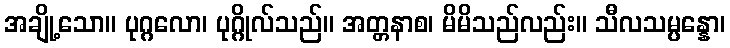
အချို့သော။ ပုဂ္ဂလော၊ ပုဂ္ဂိုလ်သည်။ အတ္တနာစ၊ မိမိသည်လည်း။ သီလသမ္ပန္နော၊